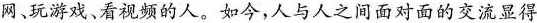
网玩游戏、看视频的人。如今，人与人之间面对面的交流显得